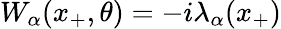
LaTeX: W_{\alpha}(x_{+},\theta)=-i\lambda_{\alpha}(x_{+})